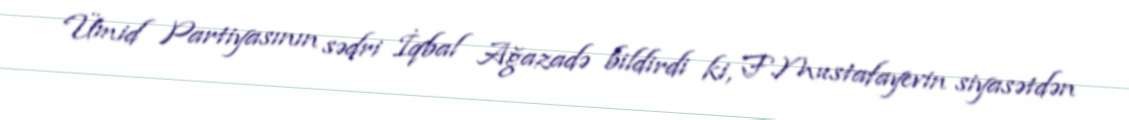
Ümid Partiyasının sədri İqbal Ağazadə bildirdi ki, F.Mustafayevin siyasətdən